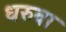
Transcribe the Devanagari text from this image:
धरुवा